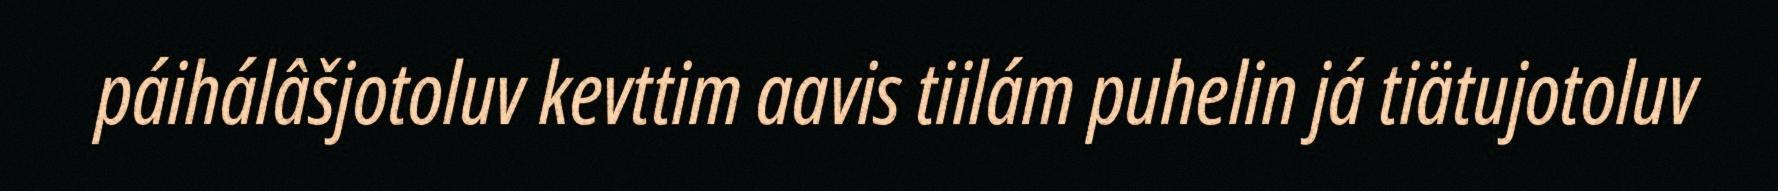
páihálâšjotoluv kevttim aavis tiilám puhelin já tiätujotoluv